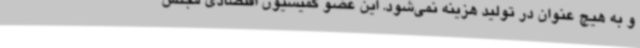
و به هیچ عنوان در تولید هزینه نمی‌شود. این عضو کمیسیون اقتصادی مجلس